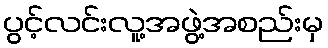
ပွင့်လင်းလူ့အဖွဲ့အစည်းမှ